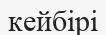
кейбірі